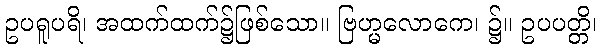
ဥပရူပရိ၊ အထက်ထက်၌ဖြစ်သော။ ဗြဟ္မလောကေ၊ ၌။ ဥပပတ္တိ၊